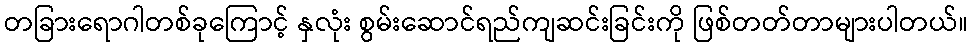
တခြားရောဂါတစ်ခုကြောင့် နှလုံး စွမ်းဆောင်ရည်ကျဆင်းခြင်းကို ဖြစ်တတ်တာများပါတယ်။